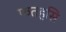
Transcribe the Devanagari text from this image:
फतहसि